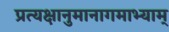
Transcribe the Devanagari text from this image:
प्रत्यक्षानुमानागमाभ्याम्